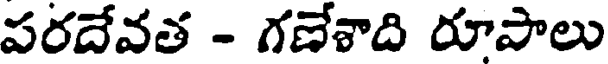
పరదేవత - గణేశాది రూపాలు